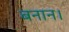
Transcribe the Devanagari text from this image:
बनान।